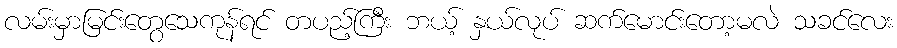
လမ်းမှာမြင်းတွေသေကုန်ရင် တပည့်ကြီး ဘယ့် နှယ်လုပ် ဆက်မောင်းတော့မလဲ သခင်လေး